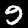
Label: 9